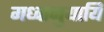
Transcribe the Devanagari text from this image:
मध्वानुयायि